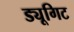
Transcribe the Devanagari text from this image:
ड्यूगिट